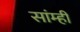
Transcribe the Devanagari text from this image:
सांम्ही